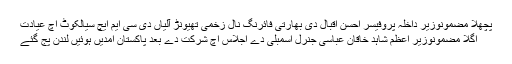
پچھلا مضمونوزیر داخلہ پروفیسر احسن اقبال دی بھارتی فائرنگ نال زخمی تھیونڑ آلیاں دی سی ایم ایچ سیالکوٹ اچ عیادت
اگلا مضمونوزیر اعظم شاہد خاقان عباسی جنرل اسمبلی دے اجلاس اچ شرکت دے بعد پاکستان امدیں ہوئیں لندن پج گئے